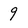
Character: 9